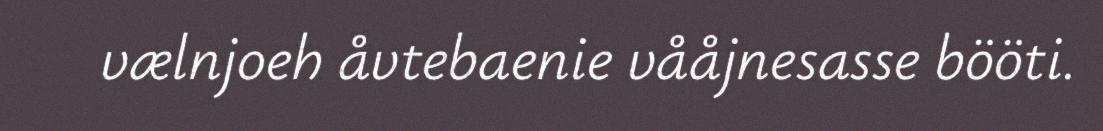
vælnjoeh åvtebaenie vååjnesasse bööti.